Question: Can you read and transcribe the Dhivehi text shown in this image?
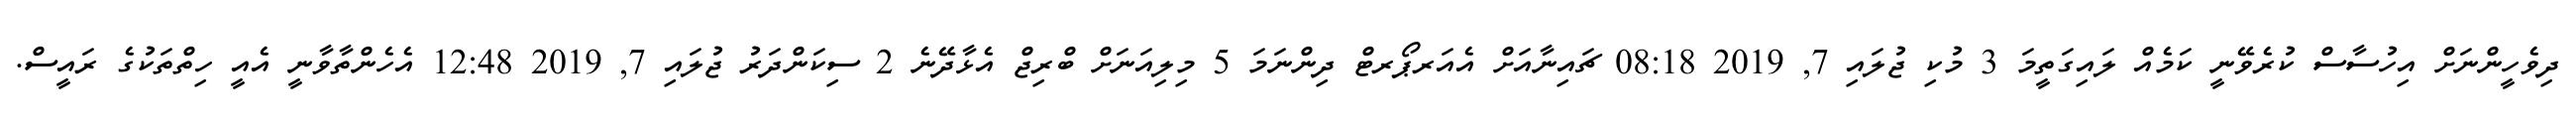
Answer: ދިވެހީންނަށް އިހުސާސް ކުރެވޭނީ ކަމެއް ލައިގަތީމަ 3 މުކި ޖުލައި 7, 2019 08:18 ޗައިނާއަށް އެއަރޕޯރޓް ދިންނަމަ 5 މިލިއަނަށް ބްރިޖް އެޅާދޭނެ 2 ސިކަންދަރު ޖުލައި 7, 2019 12:48 އެހެންތާވާނީ އެއީ ހިތްތަކުގެ ރައީސް.